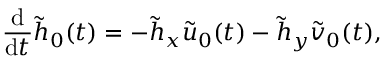
\frac { \mathrm { d } } { \mathrm { d } t } \tilde { h } _ { 0 } ( t ) = - \tilde { h } _ { x } \tilde { u } _ { 0 } ( t ) - \tilde { h } _ { y } \tilde { v } _ { 0 } ( t ) ,